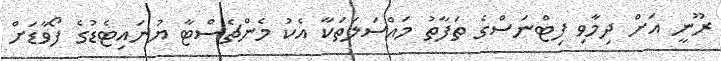
ރޫނީ އަށް ދިމާވި ފިޓްނަސްގެ ތަފާތު މައްސަލަތަކާ އެކު މެންޗެސްޓާ ޔުނައިޓެޑުގެ ފޯވާޑަށް